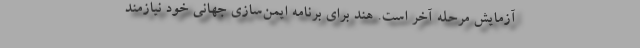
آزمایش مرحله آخر است. هند برای برنامه ایمن‌سازی جهانی خود نیازمند